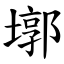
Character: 墎